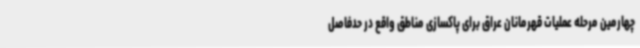
چهارمین مرحله عملیات قهرمانان عراق برای پاکسازی مناطق واقع در حدفاصل